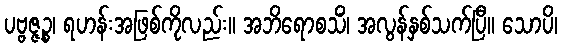
ပဗ္ဗဇ္ဇဉ္စ၊ ရဟန်းအဖြစ်ကိုလည်း။ အဘိရောစသိံ၊ အလွန်နှစ်သက်ပြီ။ သောပိ၊